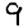
Digit: 9